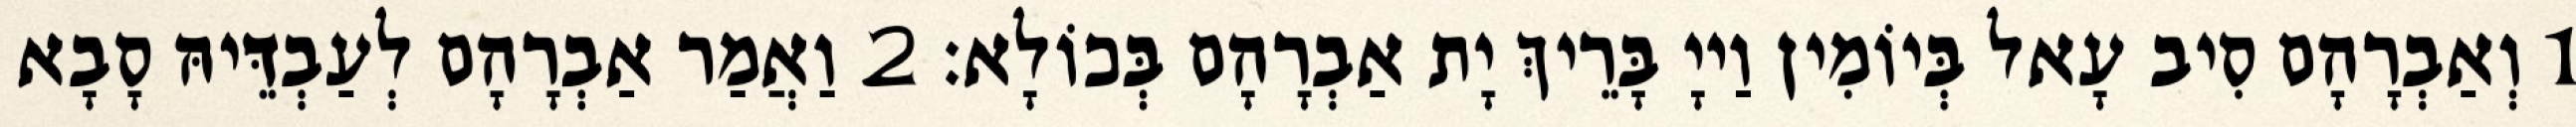
1 וְאַבְרָהָם סִיב עָאל בְּיוֹמִין וַייָ בָּרֵיךְ יָת אַבְרָהָם בְּכוֹלָא׃ 2 וַאֲמַר אַבְרָהָם לְעַבְדֵּיהּ סָבָא